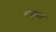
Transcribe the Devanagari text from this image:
सकुचत